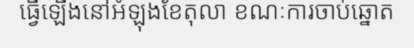
ធ្វើឡើងនៅអំឡុងខែតុលា ខណៈការចាប់ឆ្នោត